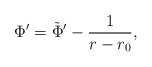
\begin{align*}\Phi' = \tilde{\Phi}' - { 1 \over r - r_0},\end{align*}